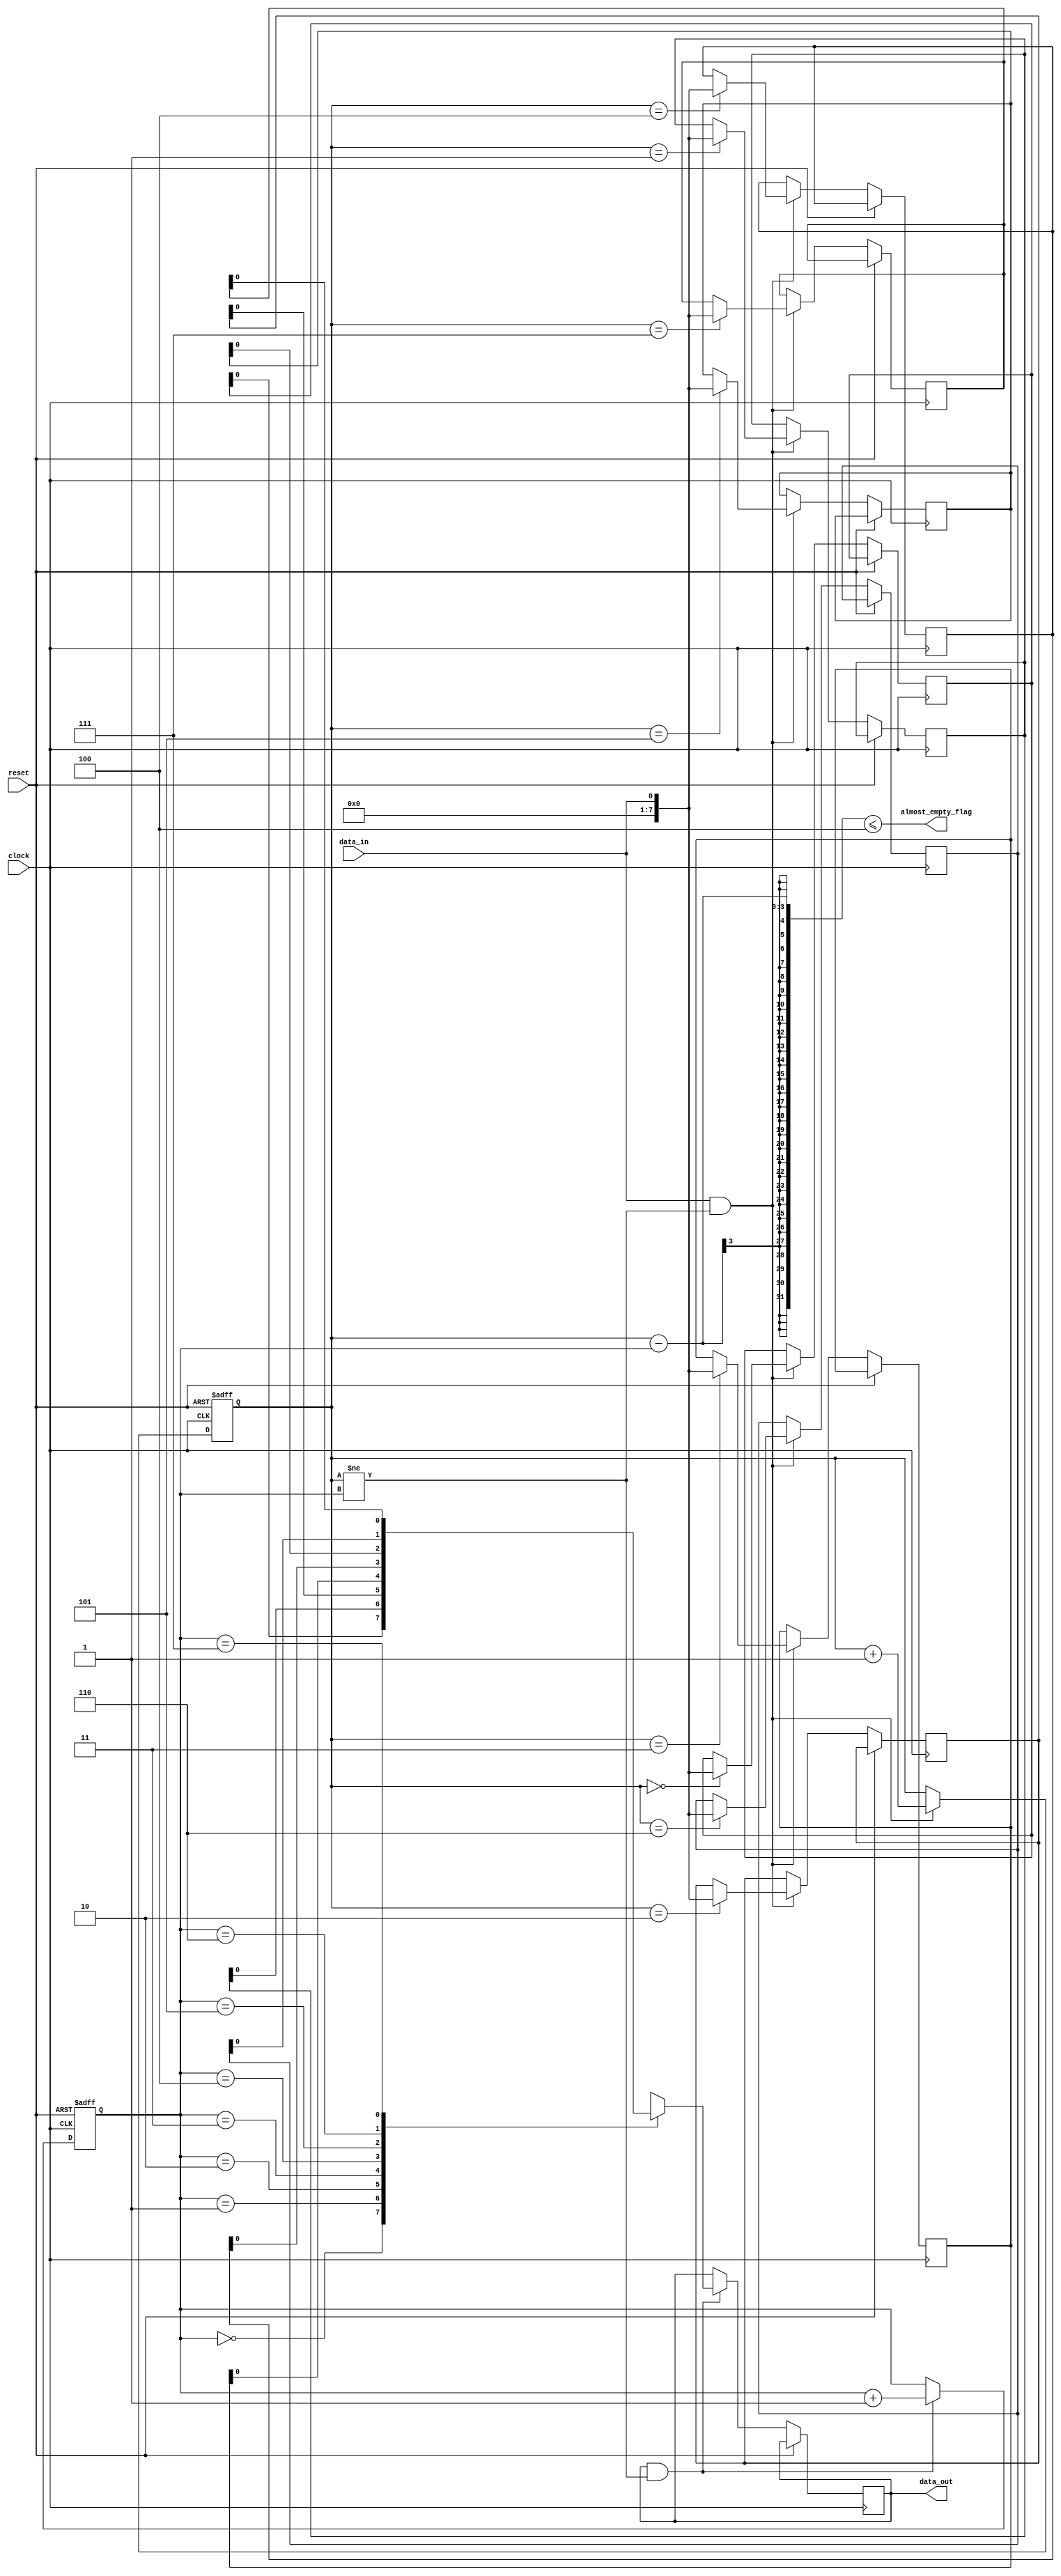
module Almost_Empty_FIFO (
    input wire clock,
    input wire reset,
    input wire data_in,
    output reg data_out,
    output wire almost_empty_flag
);

parameter THRESHOLD = 4; // Set the threshold value for almost empty

reg [7:0] fifo_buffer [0:7]; // 8-entry FIFO buffer
reg [2:0] write_pointer = 0;
reg [2:0] read_pointer = 0;

assign almost_empty_flag = (write_pointer - read_pointer <= THRESHOLD);

always @(posedge clock or posedge reset)
begin
    if (reset) begin
        write_pointer <= 0;
        read_pointer <= 0;
    end
    else begin
        if (data_in && write_pointer != read_pointer) begin
            fifo_buffer[write_pointer] <= data_in;
            write_pointer <= write_pointer + 1;
        end
        if (data_out && write_pointer != read_pointer) begin
            data_out <= fifo_buffer[read_pointer];
            read_pointer <= read_pointer + 1;
        end
    end
end

endmodule